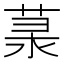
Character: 𦲙